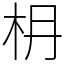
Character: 𣏵